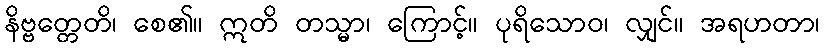
နိဗ္ဗတ္တေတိ၊ စေ၏။ ဣတိ တသ္မာ၊ ကြောင့်။ ပုရိသောဝ၊ လျှင်။ အရဟတာ၊